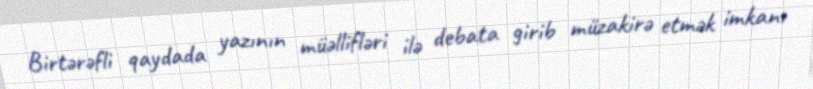
Birtərəfli qaydada yazının müəllifləri ilə debata girib müzakirə etmək imkanı